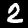
Digit: 2